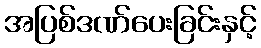
အပြစ်ဒဏ်ပေးခြင်းနှင့်